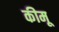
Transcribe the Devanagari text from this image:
कीमू